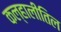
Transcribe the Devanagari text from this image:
कल्हालीतिल